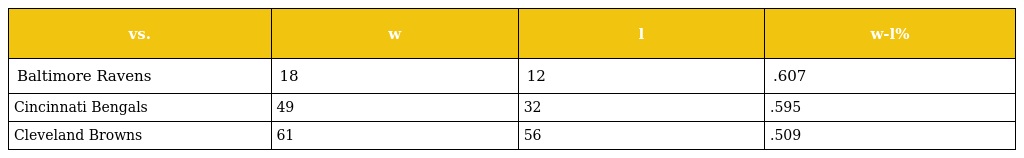
| vs. | w | l | w-l% |
 | --- | --- | --- | --- |
 | Baltimore Ravens | 18 | 12 | .607 |
 | Cincinnati Bengals | 49 | 32 | .595 |
 | Cleveland Browns | 61 | 56 | .509 |